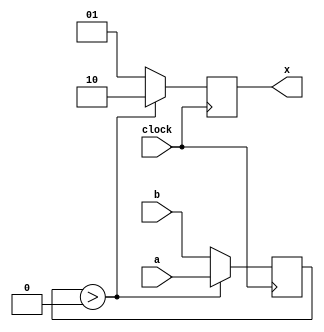
module loop_in_lg(
  input clock,
  input [7:0] a,
  input [7:0] b,
  output reg [1:0] x
);

  reg [7:0] regi;

  always @(posedge clock) begin
    if (regi > 0) begin
      regi <= a;
      x <= 'h2;
    end else begin
      regi <= b;
      x <= 'h1;
    end
  end
endmodule